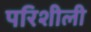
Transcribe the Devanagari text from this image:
परिशीली